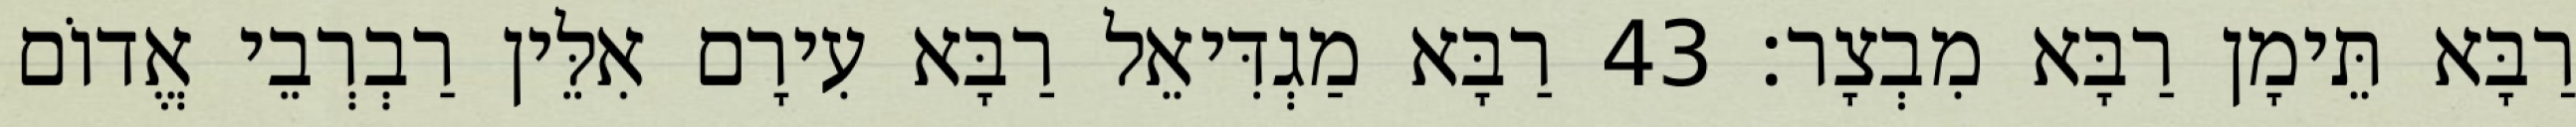
רַבָּא תֵּימָן רַבָּא מִבְצָר׃ 43 רַבָּא מַגְדִּיאֵל רַבָּא עִירָם אִלֵּין רַבְרְבֵי אֱדוֹם